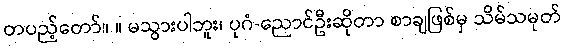
တပည့်တော်။ ။ မသွားပါဘူး၊ ပုဂံ-ညောင်ဦးဆိုတာ စာချဖြစ်မှ သိမ်သမုတ်